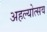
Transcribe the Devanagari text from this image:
अहल्योत्सव